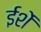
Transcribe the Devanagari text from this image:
ईशें